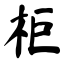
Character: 柜